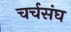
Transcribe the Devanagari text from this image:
चर्चसंघ